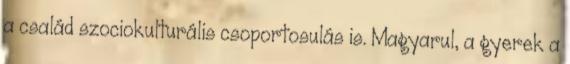
a család szociokulturális csoportosulás is. Magyarul, a gyerek a